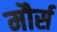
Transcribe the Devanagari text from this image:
मौर्स